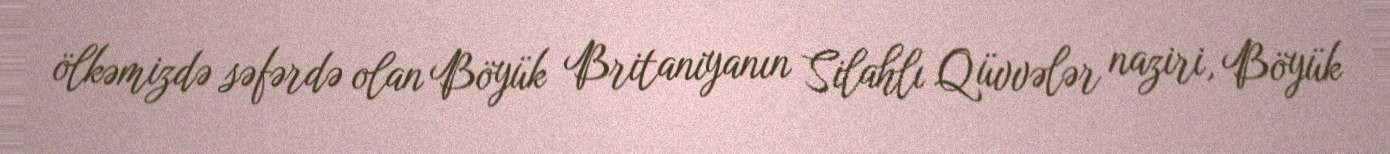
ölkəmizdə səfərdə olan Böyük Britaniyanın Silahlı Qüvvələr naziri, Böyük